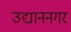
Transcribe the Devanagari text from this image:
उद्याननगर